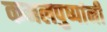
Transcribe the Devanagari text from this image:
कमलपुष्पांनी